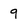
Character: 9